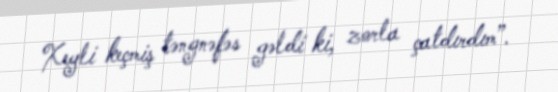
Xeyli keçmiş təngnəfəs gəldi ki, zorla çatdırdım”.